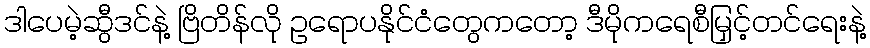
ဒါပေမဲ့ဆွီဒင်နဲ့ ဗြိတိန်လို ဥရောပနိုင်ငံတွေကတော့ ဒီမိုကရေစီမြှင့်တင်ရေးနဲ့